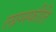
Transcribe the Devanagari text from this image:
लाग्स्फीति